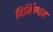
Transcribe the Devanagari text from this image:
बिर्मिन्ग्हम